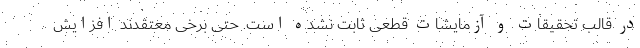
در قالب تحقیقات و آزمایشات قطعی ثابت نشده است. حتی برخی معتقدند افزایش